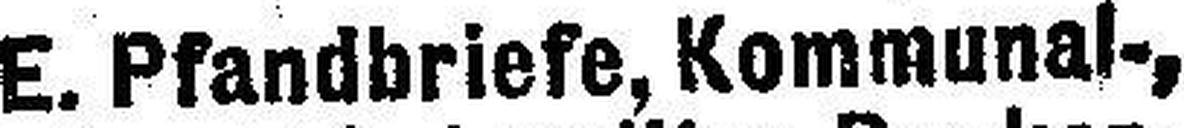
E. Pfandbriefe, Kommunal-,